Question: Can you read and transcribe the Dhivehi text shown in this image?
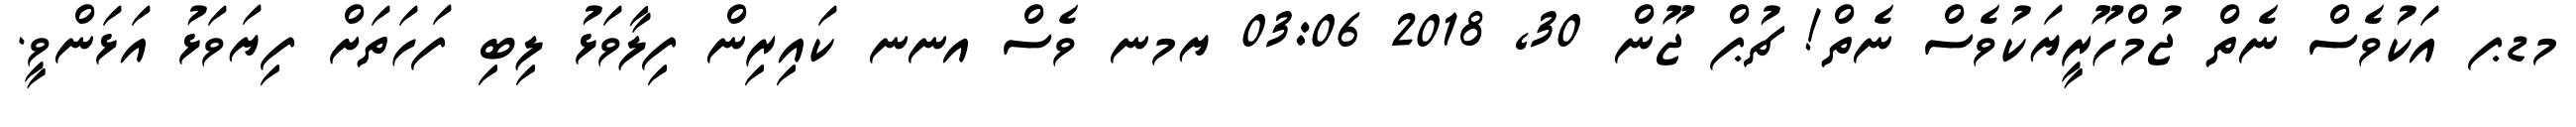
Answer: މޑޕ އަކުވެސް ނެތް ޖުމްހޫރީޔަކުވެސް ނެތް! ޗުޕް ޖޫން 30, 2018 03:06 ޔމނ ވެސް އނނ ކައިރިން ފިލާވަޅު ލިބި ފަހަތަށް ފިޔަވަޅު އަޅަންވީ.